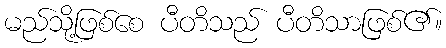
မည်သို့ဖြစ်စေ ပီတိသည် ပီတိသာဖြစ်၏။